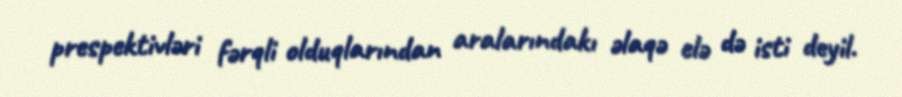
prespektivləri fərqli olduqlarından aralarındakı əlaqə elə də isti deyil.